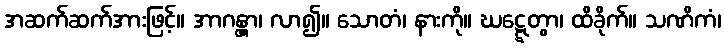
အဆက်ဆက်အားဖြင့်။ အာဂန္တွာ၊ လာ၍။ သောတံ၊ နားကို။ ဃဋ္ဋေတွာ၊ ထိခိုက်။ သဏိကံ၊